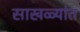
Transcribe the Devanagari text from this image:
साखळ्यांत